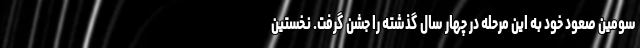
سومین صعود خود به این مرحله در چهار سال گذشته را جشن گرفت. نخستین